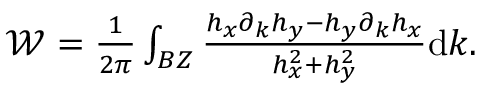
\begin{array} { r } { \mathcal { W } = \frac { 1 } { 2 \pi } \int _ { B Z } \frac { h _ { x } \partial _ { k } h _ { y } - h _ { y } \partial _ { k } h _ { x } } { h _ { x } ^ { 2 } + h _ { y } ^ { 2 } } \mathrm { d } k . } \end{array}